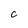
Character: c